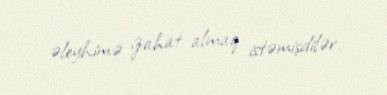
əleyhimə izahat almaq istəmişdilər.